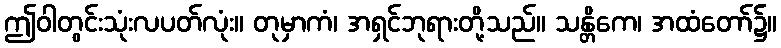
ဤဝါတွင်းသုံးလပတ်လုံး။ တုမှာကံ၊ အရှင်ဘုရားတို့သည်။ သန္တိကေ၊ အထံတော်၌။